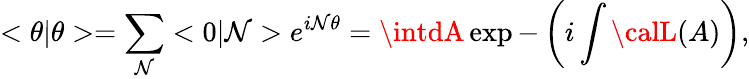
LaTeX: <\theta|\theta>=\sum_{\mathcal{N}}<0|\mathcal{N}>e^{i\mathcal{N}\theta}=\intdA\exp-\left(i\int{\calL}(A)\right),